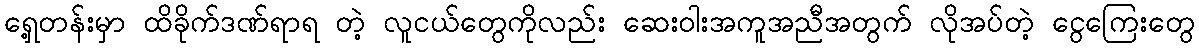
ရှေ့တန်းမှာ ထိခိုက်ဒဏ်ရာရ တဲ့ လူငယ်တွေကိုလည်း ဆေးဝါးအကူအညီအတွက် လိုအပ်တဲ့ ငွေကြေးတွေ